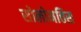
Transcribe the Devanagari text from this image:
सोलोमत्तिस